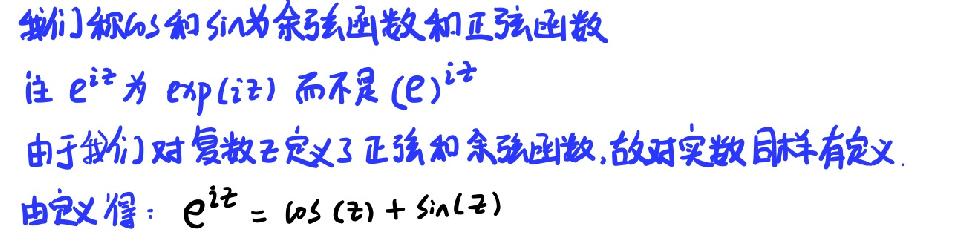
我们称$\cos$和$\sin$为余弦函数和正弦函数
注$e^{iz}$为$\exp(iz)$而不是$(e)^{iz}$
由于我们对复数$z$定义了正弦和余弦函数, 故对实数同样有定义.
由定义得：$e^{iz}=\cos(z)+\sin(z)$